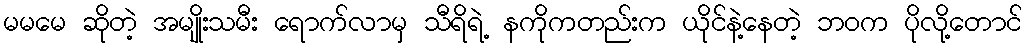
မမမေ ဆိုတဲ့ အမျိုးသမီး ရောက်လာမှ သီရိရဲ့ နကိုကတည်းက ယိုင်နဲ့နေတဲ့ ဘ၀က ပိုလို့တောင်